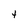
Character: t